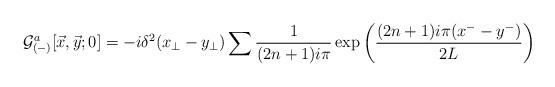
LaTeX: \begin{align*}{\cal G}_{(-)}^{a}[{\vec x}, {\vec y};0] = -i \delta^2(x_\perp-y_\perp) \sum \frac{1}{(2n+1)i\pi}\exp \left(\frac{(2n+1)i\pi (x^- - y^-)}{2L}\right)\end{align*}